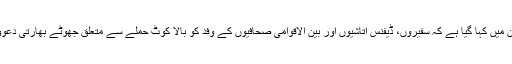
آئی ایس پی آر کی جانب سے جاری بیان میں کہا گیا ہے کہ سفیروں، ڈیفنس اتاشیوں اور بین الاقوامی صحافیوں کے وفد کو بالا کوٹ حملے سے متعلق جھوٹے بھارتی دعوؤں اور پاکستانی موقف سے آگاہ کیا گیا۔